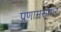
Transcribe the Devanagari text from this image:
प्रणामसागर